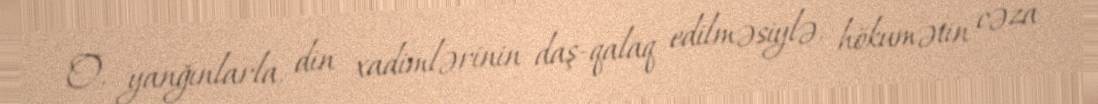
O, yanğınlarla, din xadimlərinin daş-qalaq edilməsiylə, hökumətin cəza